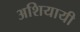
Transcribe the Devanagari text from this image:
अशियायी